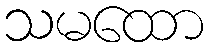
သမထော